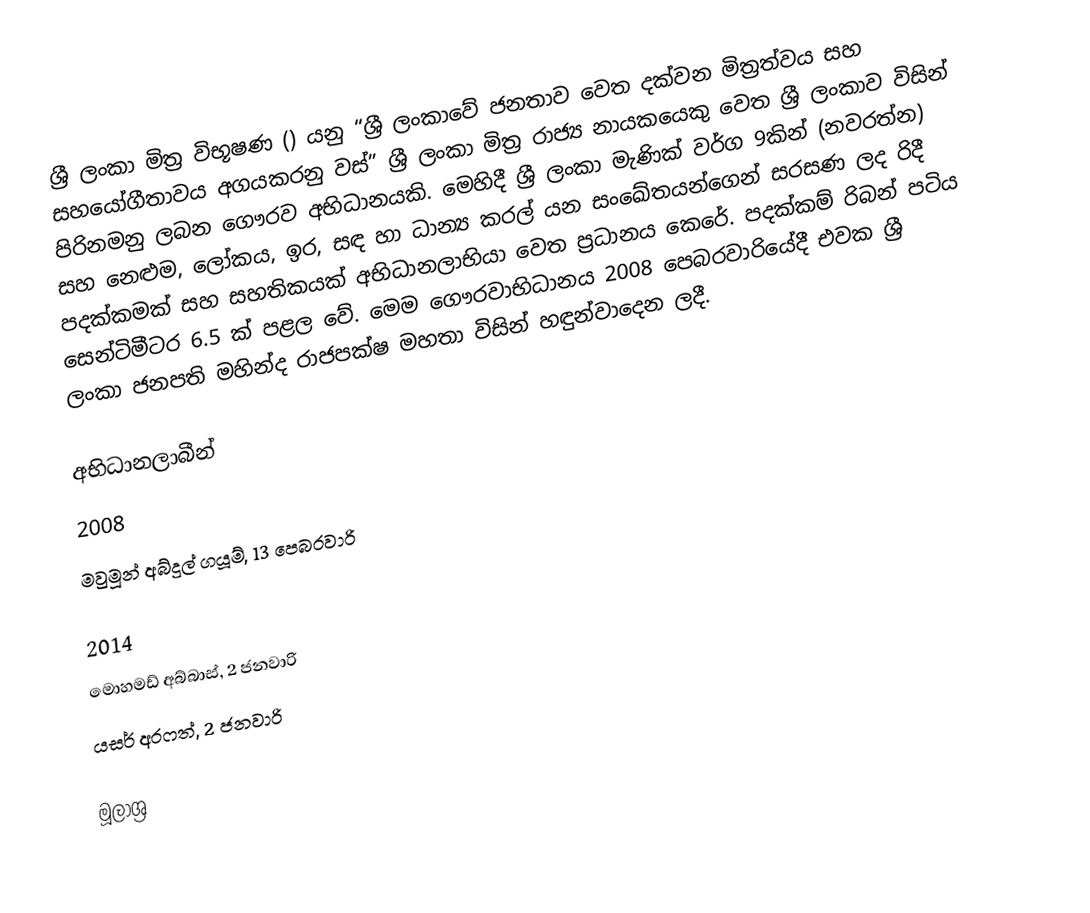
ශ්‍රී ලංකා මිත්‍ර විභූෂණ () යනු “ශ්‍රී ලංකාවේ ජනතාව වෙත දක්වන මිත්‍රත්වය සහ සහයෝගීතාවය අගයකරනු වස්” ශ්‍රී ලංකා මිත්‍ර රාජ්‍ය නායකයෙකු වෙත ශ්‍රී ලංකාව විසින් පිරිනමනු ලබන ගෞරව අභිධානයකි. මෙහිදී ශ්‍රී ලංකා මැණික් වර්ග 9කින් (නවරත්න) සහ නෙළුම, ලෝකය, ඉර, සඳ හා ධාන්‍ය කරල් යන සංඛේතයන්ගෙන් සරසණ ලද රිදී පදක්කමක් සහ සහතිකයක් අභිධානලාභියා වෙත ප්‍රධානය කෙරේ. පදක්කම් රිබන් පටිය සෙන්ටිමීටර 6.5 ක් පළල වේ. මෙම ගෞරවාභිධානය 2008 පෙබරවාරියේදී එවක ශ්‍රී ලංකා ජනපති මහින්ද රාජපක්ෂ මහතා විසින් හඳුන්වාදෙන ලදී.

අභිධානලාබීන්
2008
 මවුමූන් අබ්දුල් ගයූම්, 13 පෙබරවාරි

2014
 මොහමඩ් අබ්බාස්, 2 ජනවාරි
 යසර් අරෆත්, 2 ජනවාරි

මූලාශ්‍ර